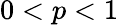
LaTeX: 0<p<1